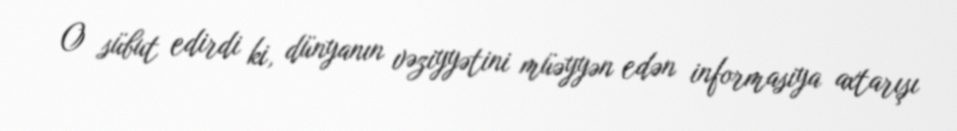
O sübut edirdi ki, dünyanın vəziyyətini müəyyən edən informasiya axtarışı